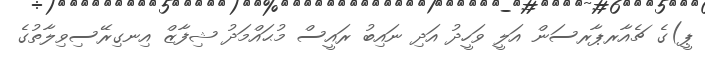
ޕީ)ގެ ޗެއާރޕާރސަން އަލީ ވަހީދު އަދި ނައިބު ރައީސް މުޙައްމަދު ޝިފާޒް އިނގިރޭސިވިލާތުގެ